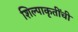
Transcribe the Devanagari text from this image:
शिल्पाकृतींची